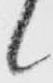
候